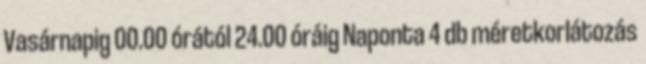
Vasárnapig 00.00 órától 24.00 óráig Naponta 4 db méretkorlátozás